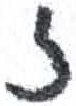
אות: ז